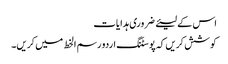
اس کے لیئے ضروری ہدایات
کوشش کریں کہ پوسٹنگ اردو رسم الخط میں کریں۔